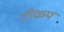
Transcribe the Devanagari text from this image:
टीकप